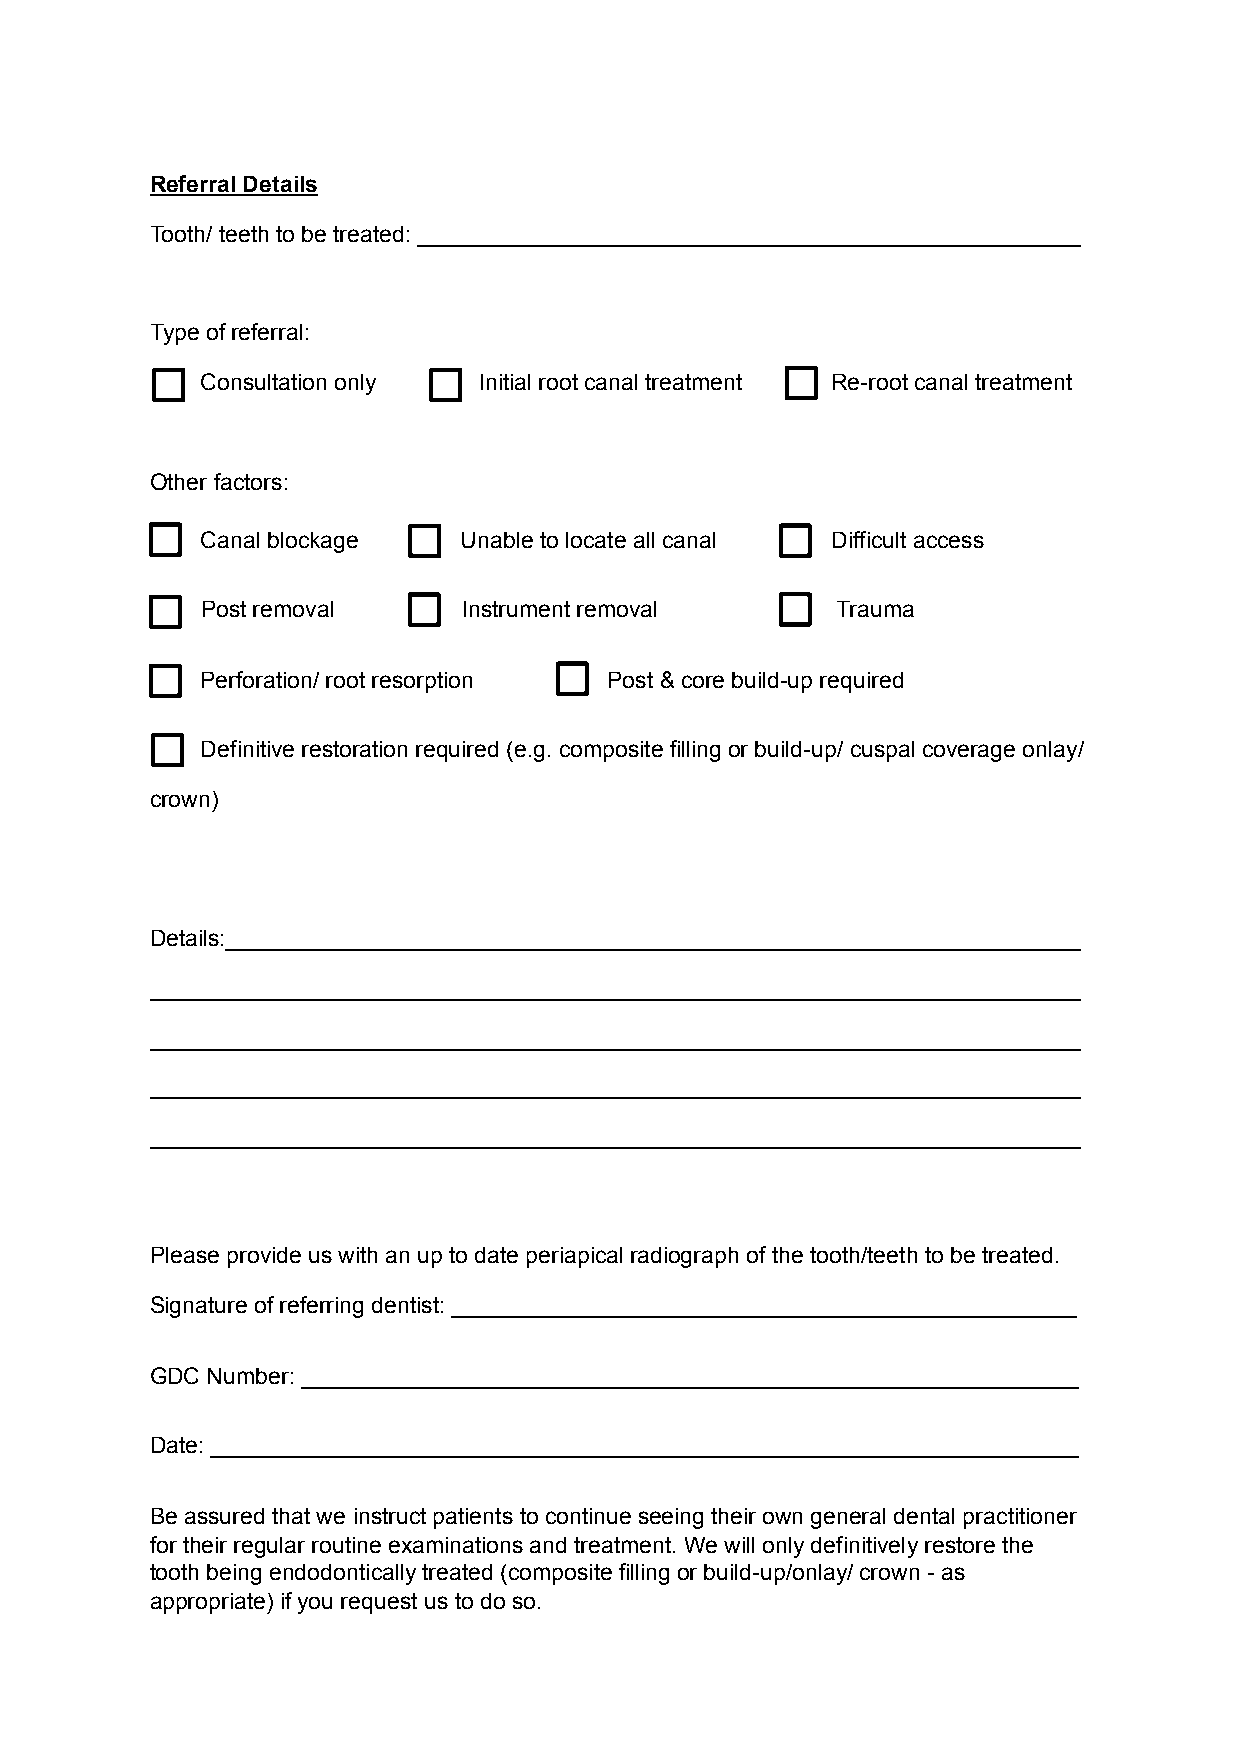
Referral Details
 Tooth/ teeth to be treated: ____________________________________________________
 Type of referral:
 Consultation only  Initial root canal treatment Re-root canal treatment
 Other factors:
 Canal blockage    Unable to locate all canal Difficult access
 Post removal      Instrument removal      Trauma
 Perforation/ root resorption Post & core build-up required
 Definitive restoration required (e.g. composite filling or build-up/ cuspal coverage onlay/
 crown)
 Details:___________________________________________________________________
 _________________________________________________________________________
 _________________________________________________________________________
 _________________________________________________________________________
 _________________________________________________________________________
 Please provide us with an up to date periapical radiograph of the tooth/teeth to be treated.
 Signature of referring dentist: _________________________________________________
 GDC Number: _____________________________________________________________
 Date: ____________________________________________________________________
 Be assured that we instruct patients to continue seeing their own general dental practitioner
 for their regular routine examinations and treatment. We will only definitively restore the
 tooth being endodontically treated (composite filling or build-up/onlay/ crown - as
 appropriate) if you request us to do so.